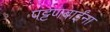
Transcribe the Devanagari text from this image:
पट्टणबाईंना